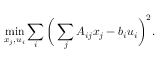
\operatorname* { m i n } _ { x _ { j } , u _ { i } } \sum _ { i } \bigg ( \sum _ { j } A _ { i j } x _ { j } - b _ { i } u _ { i } \bigg ) ^ { 2 } .